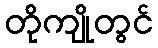
တိုကျိုတွင်